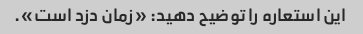
این استعاره را توضیح دهید: «زمان دزد است».